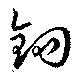
鉤